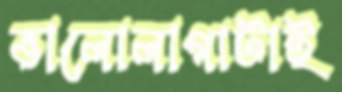
ভালোলাগাটাই